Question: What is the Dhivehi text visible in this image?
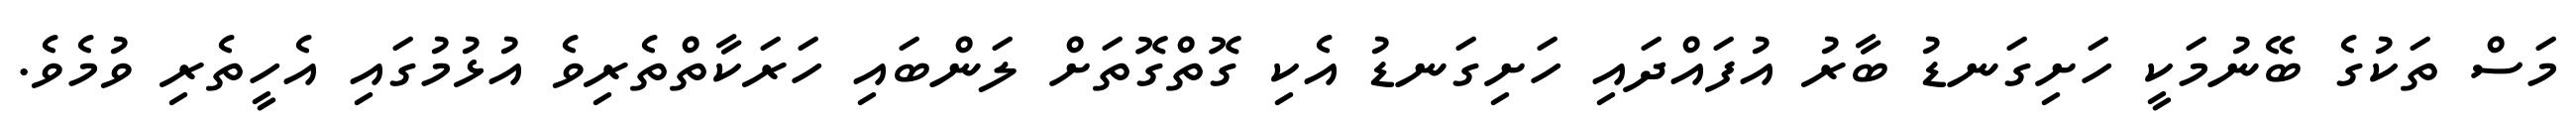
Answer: މަސް ތަކުގެ ބޭނުމަކީ ހަށިގަނޑު ބާރު އުފައްދައި ހަށިގަނޑު އެކި ގޮތްގޮތަށް ލަންބައި ހަރަކާތްތެރިވެ އުޅުމުގައި އެހީތެރި ވުމެވެ.